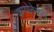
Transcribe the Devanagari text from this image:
कम्पोनेन्ट्स